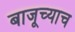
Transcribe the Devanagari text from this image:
बाजूच्याच